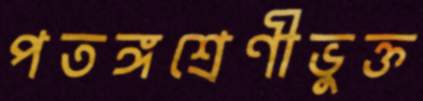
পতঙ্গশ্রেণীভুক্ত